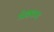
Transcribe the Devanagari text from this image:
मंड्यम